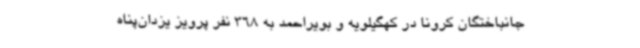
جانباختگان کرونا در کهگیلویه و بویراحمد به 368 نفر پرویز یزدان‌پناه